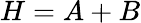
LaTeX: H=A+B